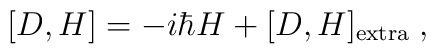
[D,H] =- i \hbar H+ [D,H]_{\rm extra}\; ,